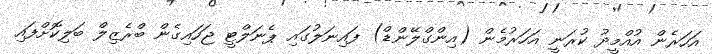
އަހަރެން އުއްމީދު ކުރަނީ އަހަރުމެން (އިންގްލޭންޑް) ފައިނަލުގައި ޕެނަލްޓީ ޖަހައިގެން ބްރެޒިލް ބަލިކޮށްފައި